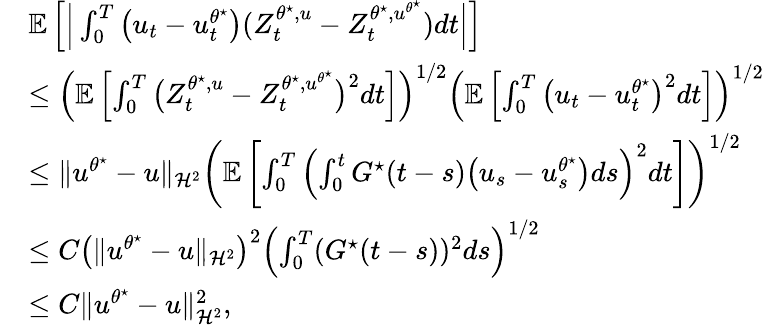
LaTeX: \begin{array}{rl}&{\mathbb{E}\left[\Big|\int_{0}^{T}\big(u_{t}-u_{t}^{\theta^{\star}}\big)(Z_{t}^{\theta^{\star},u}-Z_{t}^{\theta^{\star},u^{\theta^{\star}}})dt\Big|\right]}\\ &{\leq\left(\mathbb{E}\left[\int_{0}^{T}\big(Z_{t}^{\theta^{\star},u}-Z_{t}^{\theta^{\star},u^{\theta^{\star}}}\big)^{2}dt\right]\right)^{1/2}\left(\mathbb{E}\left[\int_{0}^{T}\big(u_{t}-u_{t}^{\theta^{\star}}\big)^{2}dt\right]\right)^{1/2}}\\ &{\leq\| u^{\theta^{\star}}-u\| _{\mathcal H^{2}}\left(\mathbb{E}\left[\int_{0}^{T}\left(\int_{0}^{t}G^{\star}(t-s)\big(u_{s}-u_{s}^{\theta^{\star}}\big)ds\right)^{2}dt\right]\right)^{1/2}}\\ &{\leq C\left(\| u^{\theta^{\star}}-u\| _{\mathcal H^{2}}\right)^{2}\left(\int_{0}^{T}(G^{\star}(t-s))^{2}ds\right)^{1/2}}\\ &{\leq C\| u^{\theta^{\star}}-u\| _{\mathcal H^{2}}^{2},}\end{array}